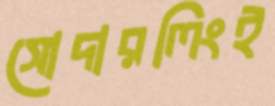
সোদারলিংই